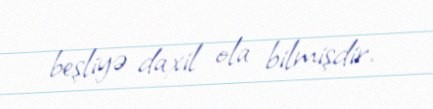
beşliyə daxil ola bilmişdir.